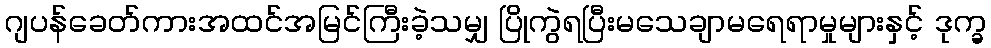
ဂျပန်ခေတ်ကားအထင်အမြင်ကြီးခဲ့သမျှ ပြိုကွဲရပြီးမသေချာမရေရာမှုများနှင့် ဒုက္ခ